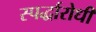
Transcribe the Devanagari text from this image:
स्पर्द्धारोधी